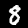
Label: 8